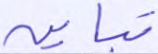
تباين